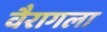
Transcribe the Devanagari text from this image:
वैरागला